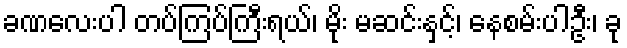
ခဏလေးပါ တပ်ကြပ်ကြီးရယ်၊ မိုး မဆင်းနှင့်၊ နေစမ်းပါဦး၊ ခု